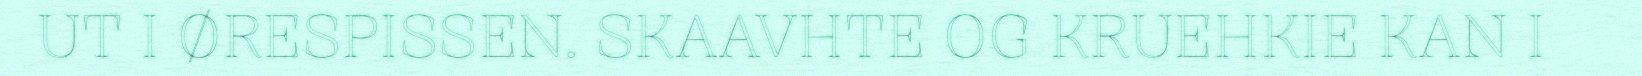
UT I ØRESPISSEN. SKAAVHTE OG KRUEHKIE KAN I